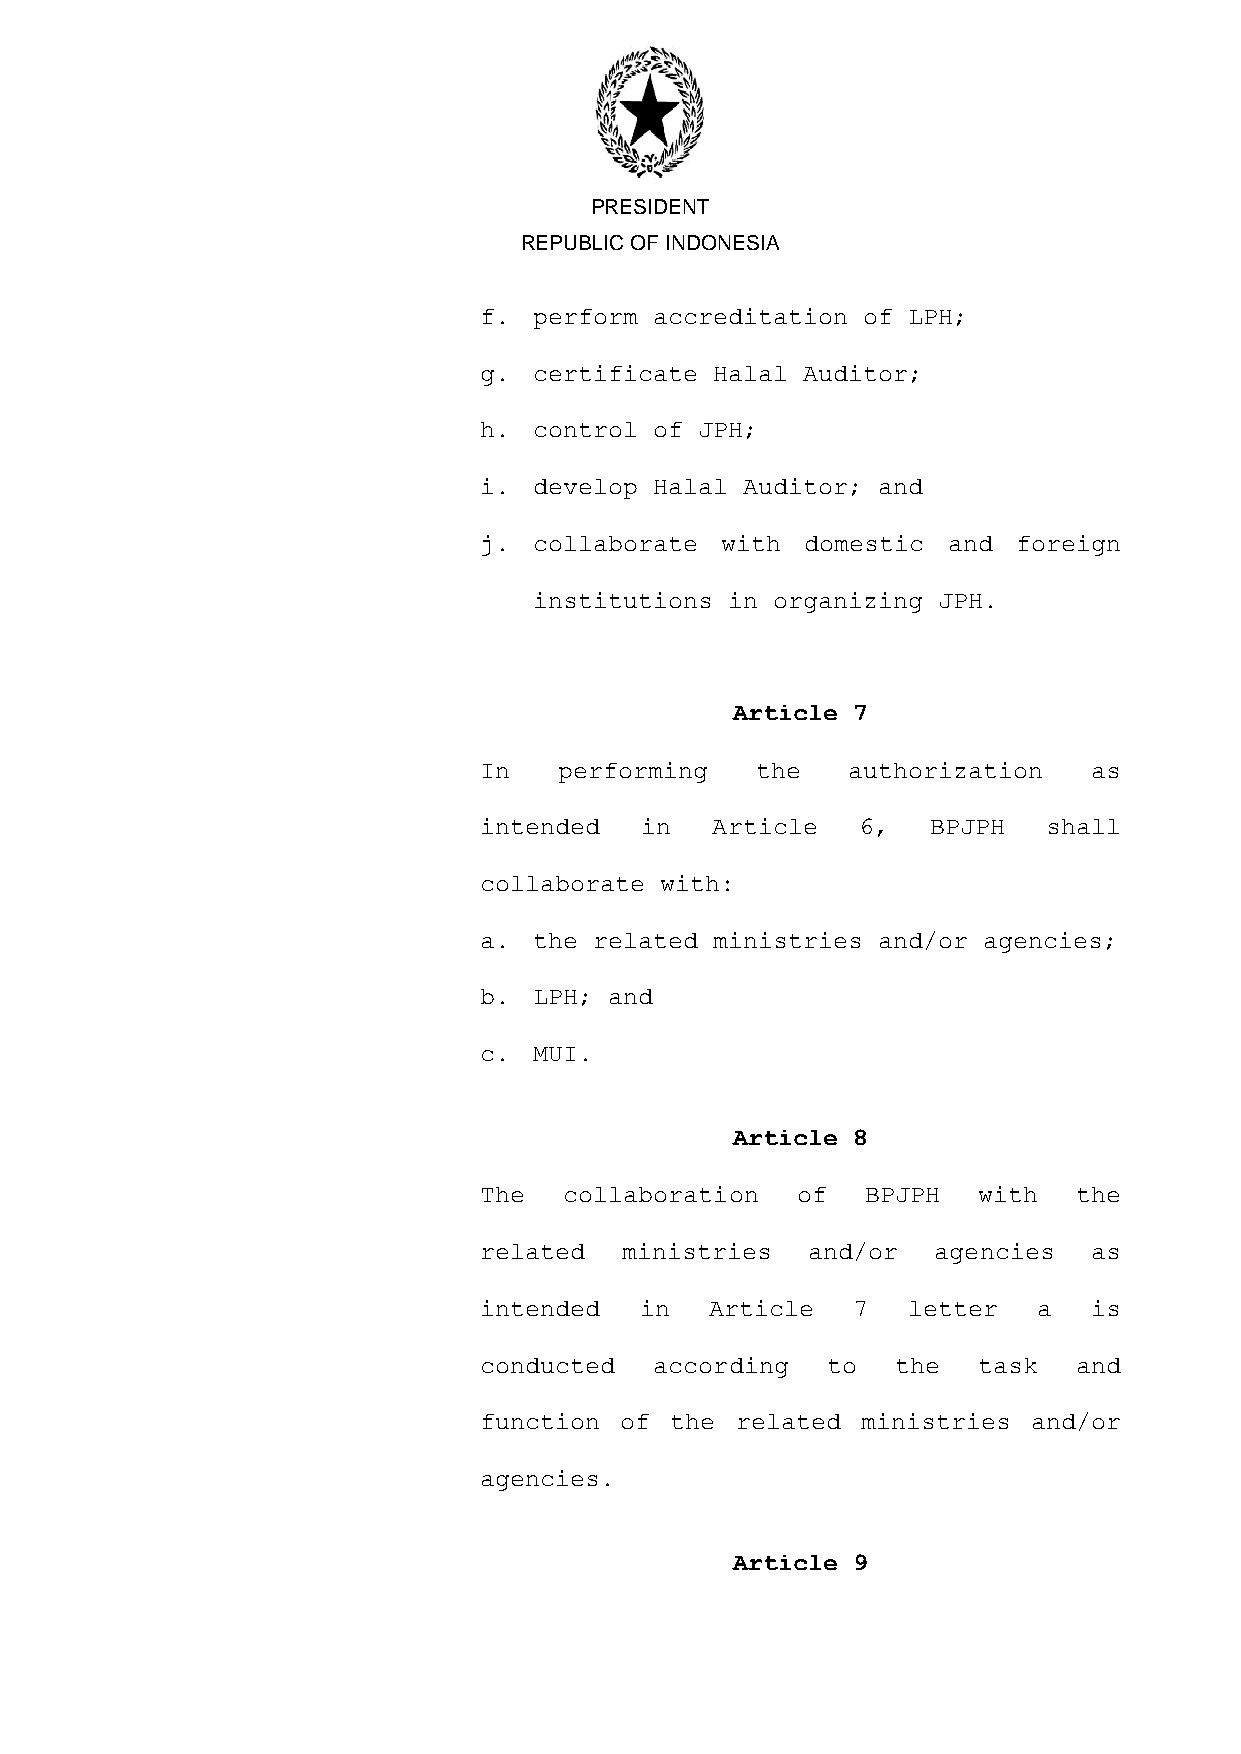
PRESIDENT
 REPUBLIC OF INDONESIA
 f. perform accreditation of LPH;
 g. certificate Halal Auditor;
 h. control of JPH;
 i. develop Halal Auditor; and
 j. collaborate  with domestic  and foreign
 institutions in organizing JPH.
 Article 7
 In   performing   the   authorization   as
 intended  in   Article   6,   BPJPH  shall
 collaborate with:
 a. the related ministries and/or agencies;
 b. LPH; and
 c. MUI.
 Article 8
 The  collaboration   of  BPJPH   with  the
 related  ministries  and/or   agencies  as
 intended  in   Article  7   letter   a  is
 conducted  according   to  the   task  and
 function of the  related ministries and/or
 agencies.
 Article 9